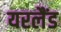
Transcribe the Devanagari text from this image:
यरलैंड